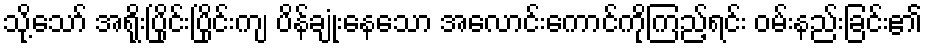
သို့သော် အရိုးပြိုင်းပြိုင်းကျ ပိန်ချုံးနေသော အလောင်းကောင်ကိုကြည့်ရင်း ဝမ်းနည်းခြင်း၏